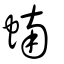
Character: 蝻